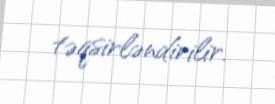
təqsirləndirilir.